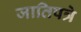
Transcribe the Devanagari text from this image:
जातिपत्रे